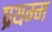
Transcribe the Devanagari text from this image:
प्रथम्म